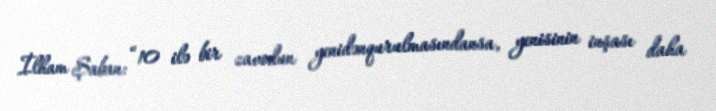
İlham Şaban: “10 ilə bir zavodun yenidənqurulmasındansa, yenisinin inşası daha